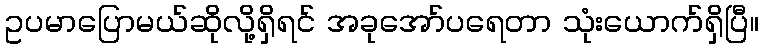
ဥပမာပြောမယ်ဆိုလို့ရှိရင် အခုအော်ပရေတာ သုံးယောက်ရှိပြီ။